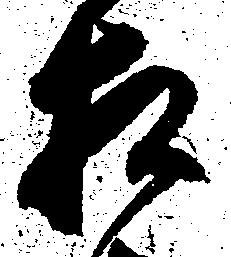
相